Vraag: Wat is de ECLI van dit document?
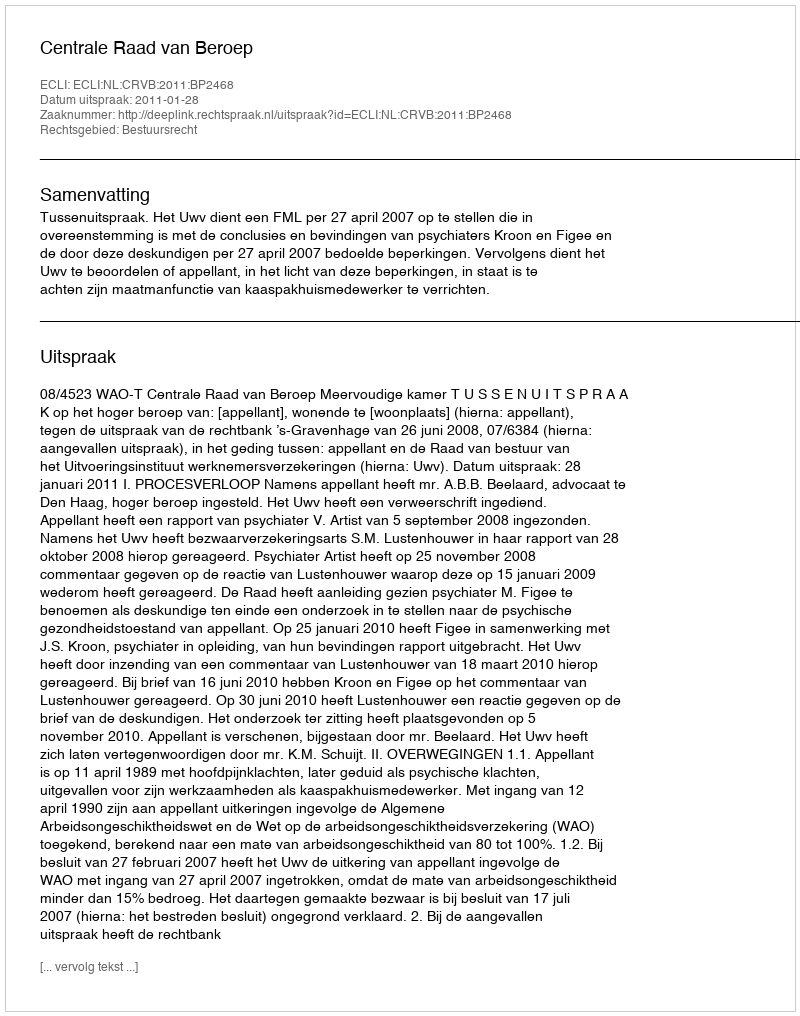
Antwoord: ECLI:NL:CRVB:2011:BP2468